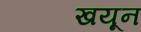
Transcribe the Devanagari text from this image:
खयून